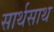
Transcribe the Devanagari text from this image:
सार्थसाथ